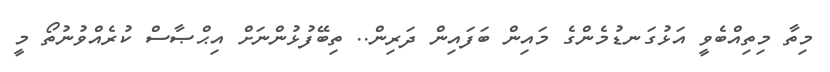
މިތާ މިތިއްބެވީ އަޅުގަނޑުމެންގެ މައިން ބަފައިން ދަރިން.. ތިބޭފުޅުންނަށް އިޙްޞާސް ކުރެއްވުނުތޯ މީ